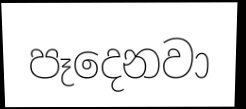
පෑදෙනවා